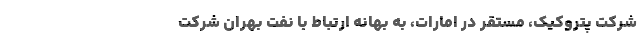
شرکت پتروکیک، مستقر در امارات، به بهانه ارتباط با نفت بهران شرکت